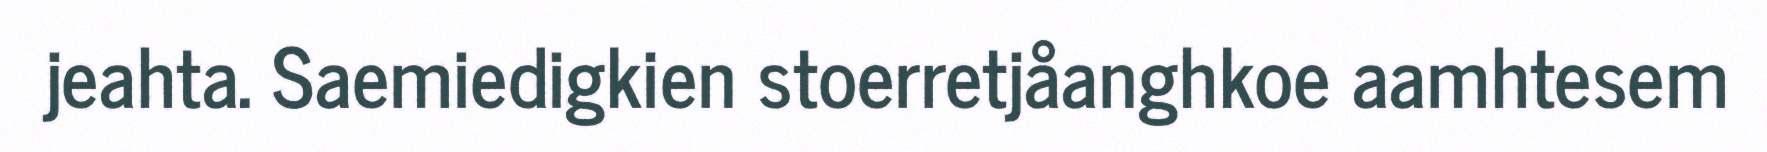
jeahta. Saemiedigkien stoerretjåanghkoe aamhtesem